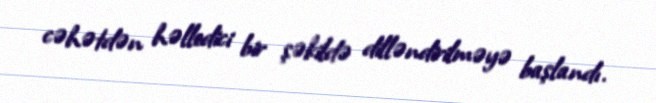
cəhətdən həlledici bir şəkildə dilləndirilməyə başlandı.